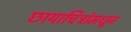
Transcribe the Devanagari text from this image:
छायाचित्रांमधून